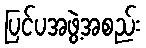
ပြင်ပအဖွဲ့အစည်း